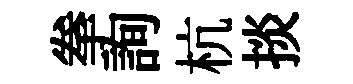
拳詢杭掞